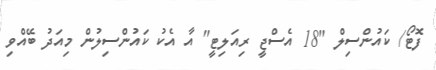
ފޮޓޯ/ ކައުންސިލް "18 އެސްޖީ ރިއަލިޓީ" އާ އެކު ކައުންސިލުން މިއަދު ބޭއްވި